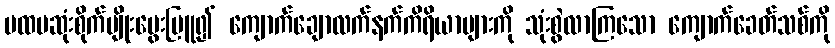
ပထမဆုံးစိုက်ပျိုးမွေးမြူ၍ ကျောက်ချောလက်နက်ကိရိယာများကို သုံးစွဲလာကြသော ကျောက်ခေတ်သစ်ကို